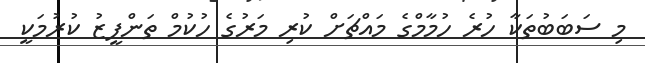
މި ސަބަބުތަކާ ހުރެ ހުމާމްގެ މައްޗަށް ކުރި މަރުގެ ހުކުމް ތަންފީޒު ކުރުމަކީ